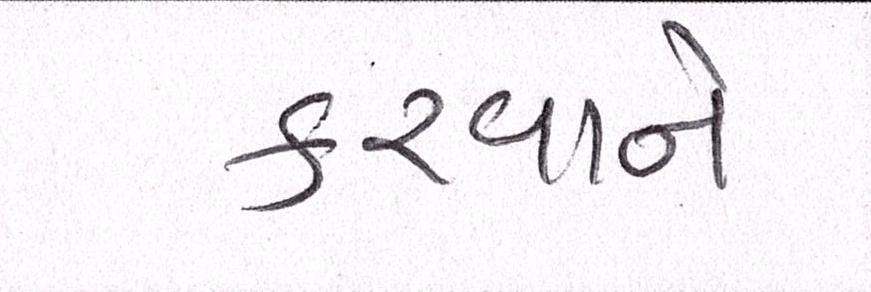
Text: કરવાને